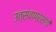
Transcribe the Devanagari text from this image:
उत्सवाप्रसंगी